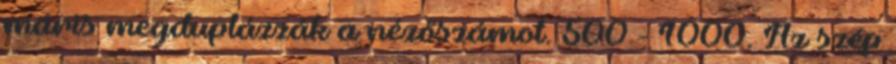
máris megduplázzák a nézőszámot. 500 - 1000. Az szép